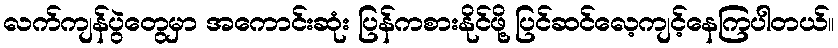
လက်ကျန်ပွဲတွေမှာ အကောင်းဆုံး ပြန်ကစားနိုင်ဖို့ ပြင်ဆင်လေ့ကျင့်နေကြပါတယ်။